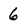
Character: 6